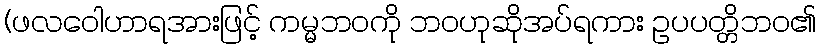
(ဖလဝေါဟာရအားဖြင့် ကမ္မဘဝကို ဘဝဟုဆိုအပ်ရကား ဥပပတ္တိဘဝ၏